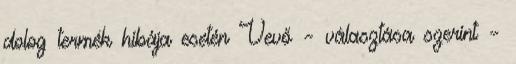
dolog termék hibája esetén Vevő – választása szerint –